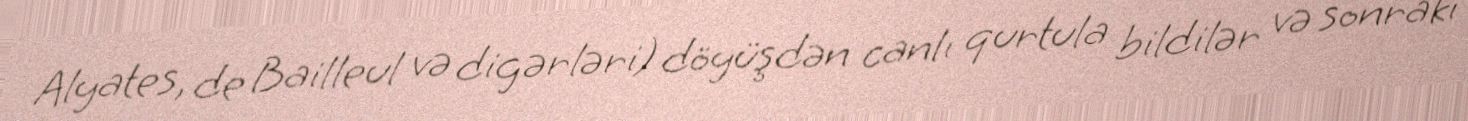
Alyates, de Bailleul və digərləri) döyüşdən canlı qurtula bildilər və sonrakı